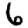
Digit: 6